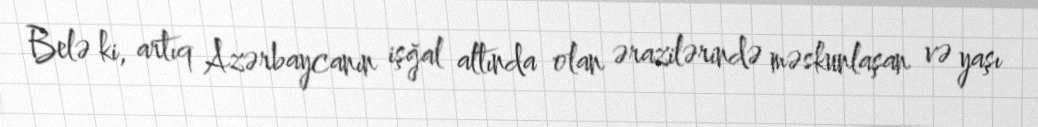
Belə ki, artıq Azərbaycanın işğal altında olan ərazilərində məskunlaşan və yaşı